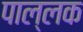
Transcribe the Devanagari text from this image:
पाल्लक